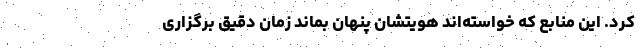
کرد. این منابع که خواسته‌اند هویتشان پنهان بماند زمان دقیق برگزاری